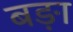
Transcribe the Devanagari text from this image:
बङ़ा